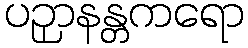
ပဉှာနန္တကရော